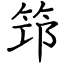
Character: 笻